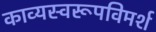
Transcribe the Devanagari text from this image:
काव्यस्वरूपविमर्श